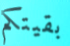
بقيتكم